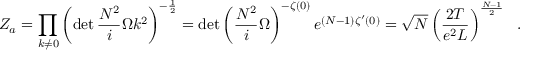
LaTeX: Z _ { a } = \prod _ { k \neq 0 } \left( \operatorname * { d e t } \frac { N ^ { 2 } } { i } \Omega k ^ { 2 } \right) ^ { - \frac { 1 } { 2 } } = \operatorname * { d e t } \left( \frac { N ^ { 2 } } { i } \Omega \right) ^ { - \zeta ( 0 ) } e ^ { ( N - 1 ) \zeta ^ { \prime } ( 0 ) } = \sqrt { N } \left( \frac { 2 T } { e ^ { 2 } L } \right) ^ { \frac { N - 1 } { 2 } } \ \ .